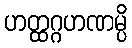
ဟတ္ထဂ္ဂဟဏမ္ပိ